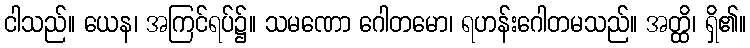
ငါသည်။ ယေန၊ အကြင်ရပ်၌။ သမဏော ဂေါတမော၊ ရဟန်းဂေါတမသည်။ အတ္ထိ၊ ရှိ၏။